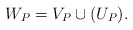
\begin{align*} W_P = V_P \cup (U_P). \end{align*}